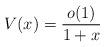
LaTeX: \begin{align*} V(x)=\frac{o(1)}{1+x}\end{align*}